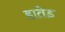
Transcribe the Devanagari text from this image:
हातेड